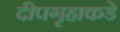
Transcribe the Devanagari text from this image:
दीपगृहाकडे